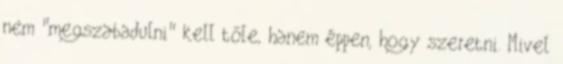
nem "megszabadulni" kell tőle, hanem éppen, hogy szeretni. Mivel